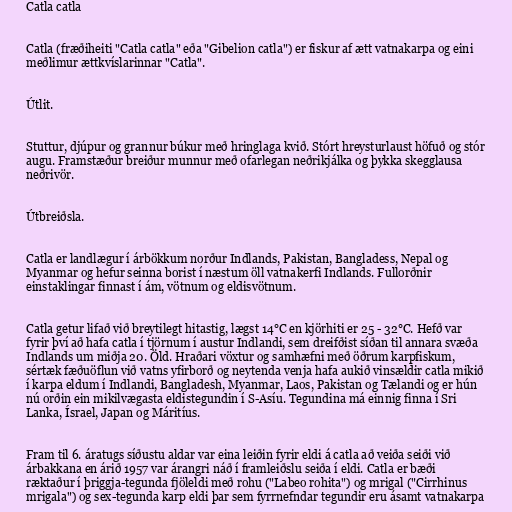
Catla catla

Catla (fræðiheiti "Catla catla" eða "Gibelion catla") er fiskur af ætt vatnakarpa og eini
meðlimur ættkvíslarinnar "Catla".

Útlit.

Stuttur, djúpur og grannur búkur með hringlaga kvið. Stórt hreysturlaust höfuð og stór
augu. Framstæður breiður munnur með ofarlegan neðrikjálka og þykka skegglausa
neðrivör.

Útbreiðsla.

Catla er landlægur í árbökkum norður Indlands, Pakistan, Bangladess, Nepal og
Myanmar og hefur seinna borist í næstum öll vatnakerfi Indlands. Fullorðnir
einstaklingar finnast í ám, vötnum og eldisvötnum.

Catla getur lifað við breytilegt hitastig, lægst 14°C en kjörhiti er 25 - 32°C. Hefð var
fyrir því að hafa catla í tjörnum í austur Indlandi, sem dreifðist síðan til annara svæða
Indlands um miðja 20. Öld. Hraðari vöxtur og samhæfni með öðrum karpfiskum,
sértæk fæðuöflun við vatns yfirborð og neytenda venja hafa aukið vinsældir catla mikið
í karpa eldum í Indlandi, Bangladesh, Myanmar, Laos, Pakistan og Tælandi og er hún
nú orðin ein mikilvægasta eldistegundin í S-Asíu. Tegundina má einnig finna í Sri
Lanka, Ísrael, Japan og Máritíus.

Fram til 6. áratugs síðustu aldar var eina leiðin fyrir eldi á catla að veiða seiði við
árbakkana en árið 1957 var árangri náð í framleiðslu seiða í eldi. Catla er bæði
ræktaður í þriggja-tegunda fjöleldi með rohu ("Labeo rohita") og mrigal ("Cirrhinus
mrigala") og sex-tegunda karp eldi þar sem fyrrnefndar tegundir eru ásamt vatnakarpa